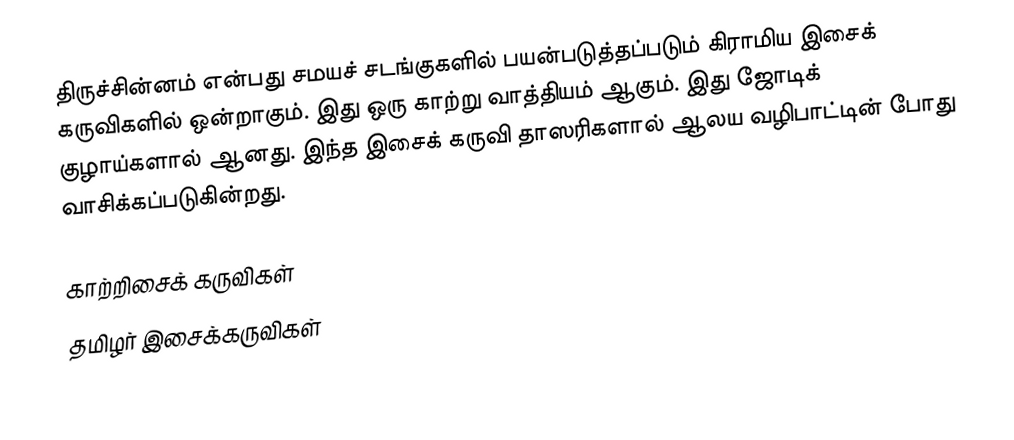
திருச்சின்னம் என்பது சமயச் சடங்குகளில் பயன்படுத்தப்படும் கிராமிய இசைக் கருவிகளில் ஒன்றாகும். இது ஒரு காற்று வாத்தியம் ஆகும். இது ஜோடிக் குழாய்களால் ஆனது. இந்த இசைக் கருவி தாஸரிகளால் ஆலய வழிபாட்டின் போது வாசிக்கப்படுகின்றது.

காற்றிசைக் கருவிகள்
தமிழர் இசைக்கருவிகள்